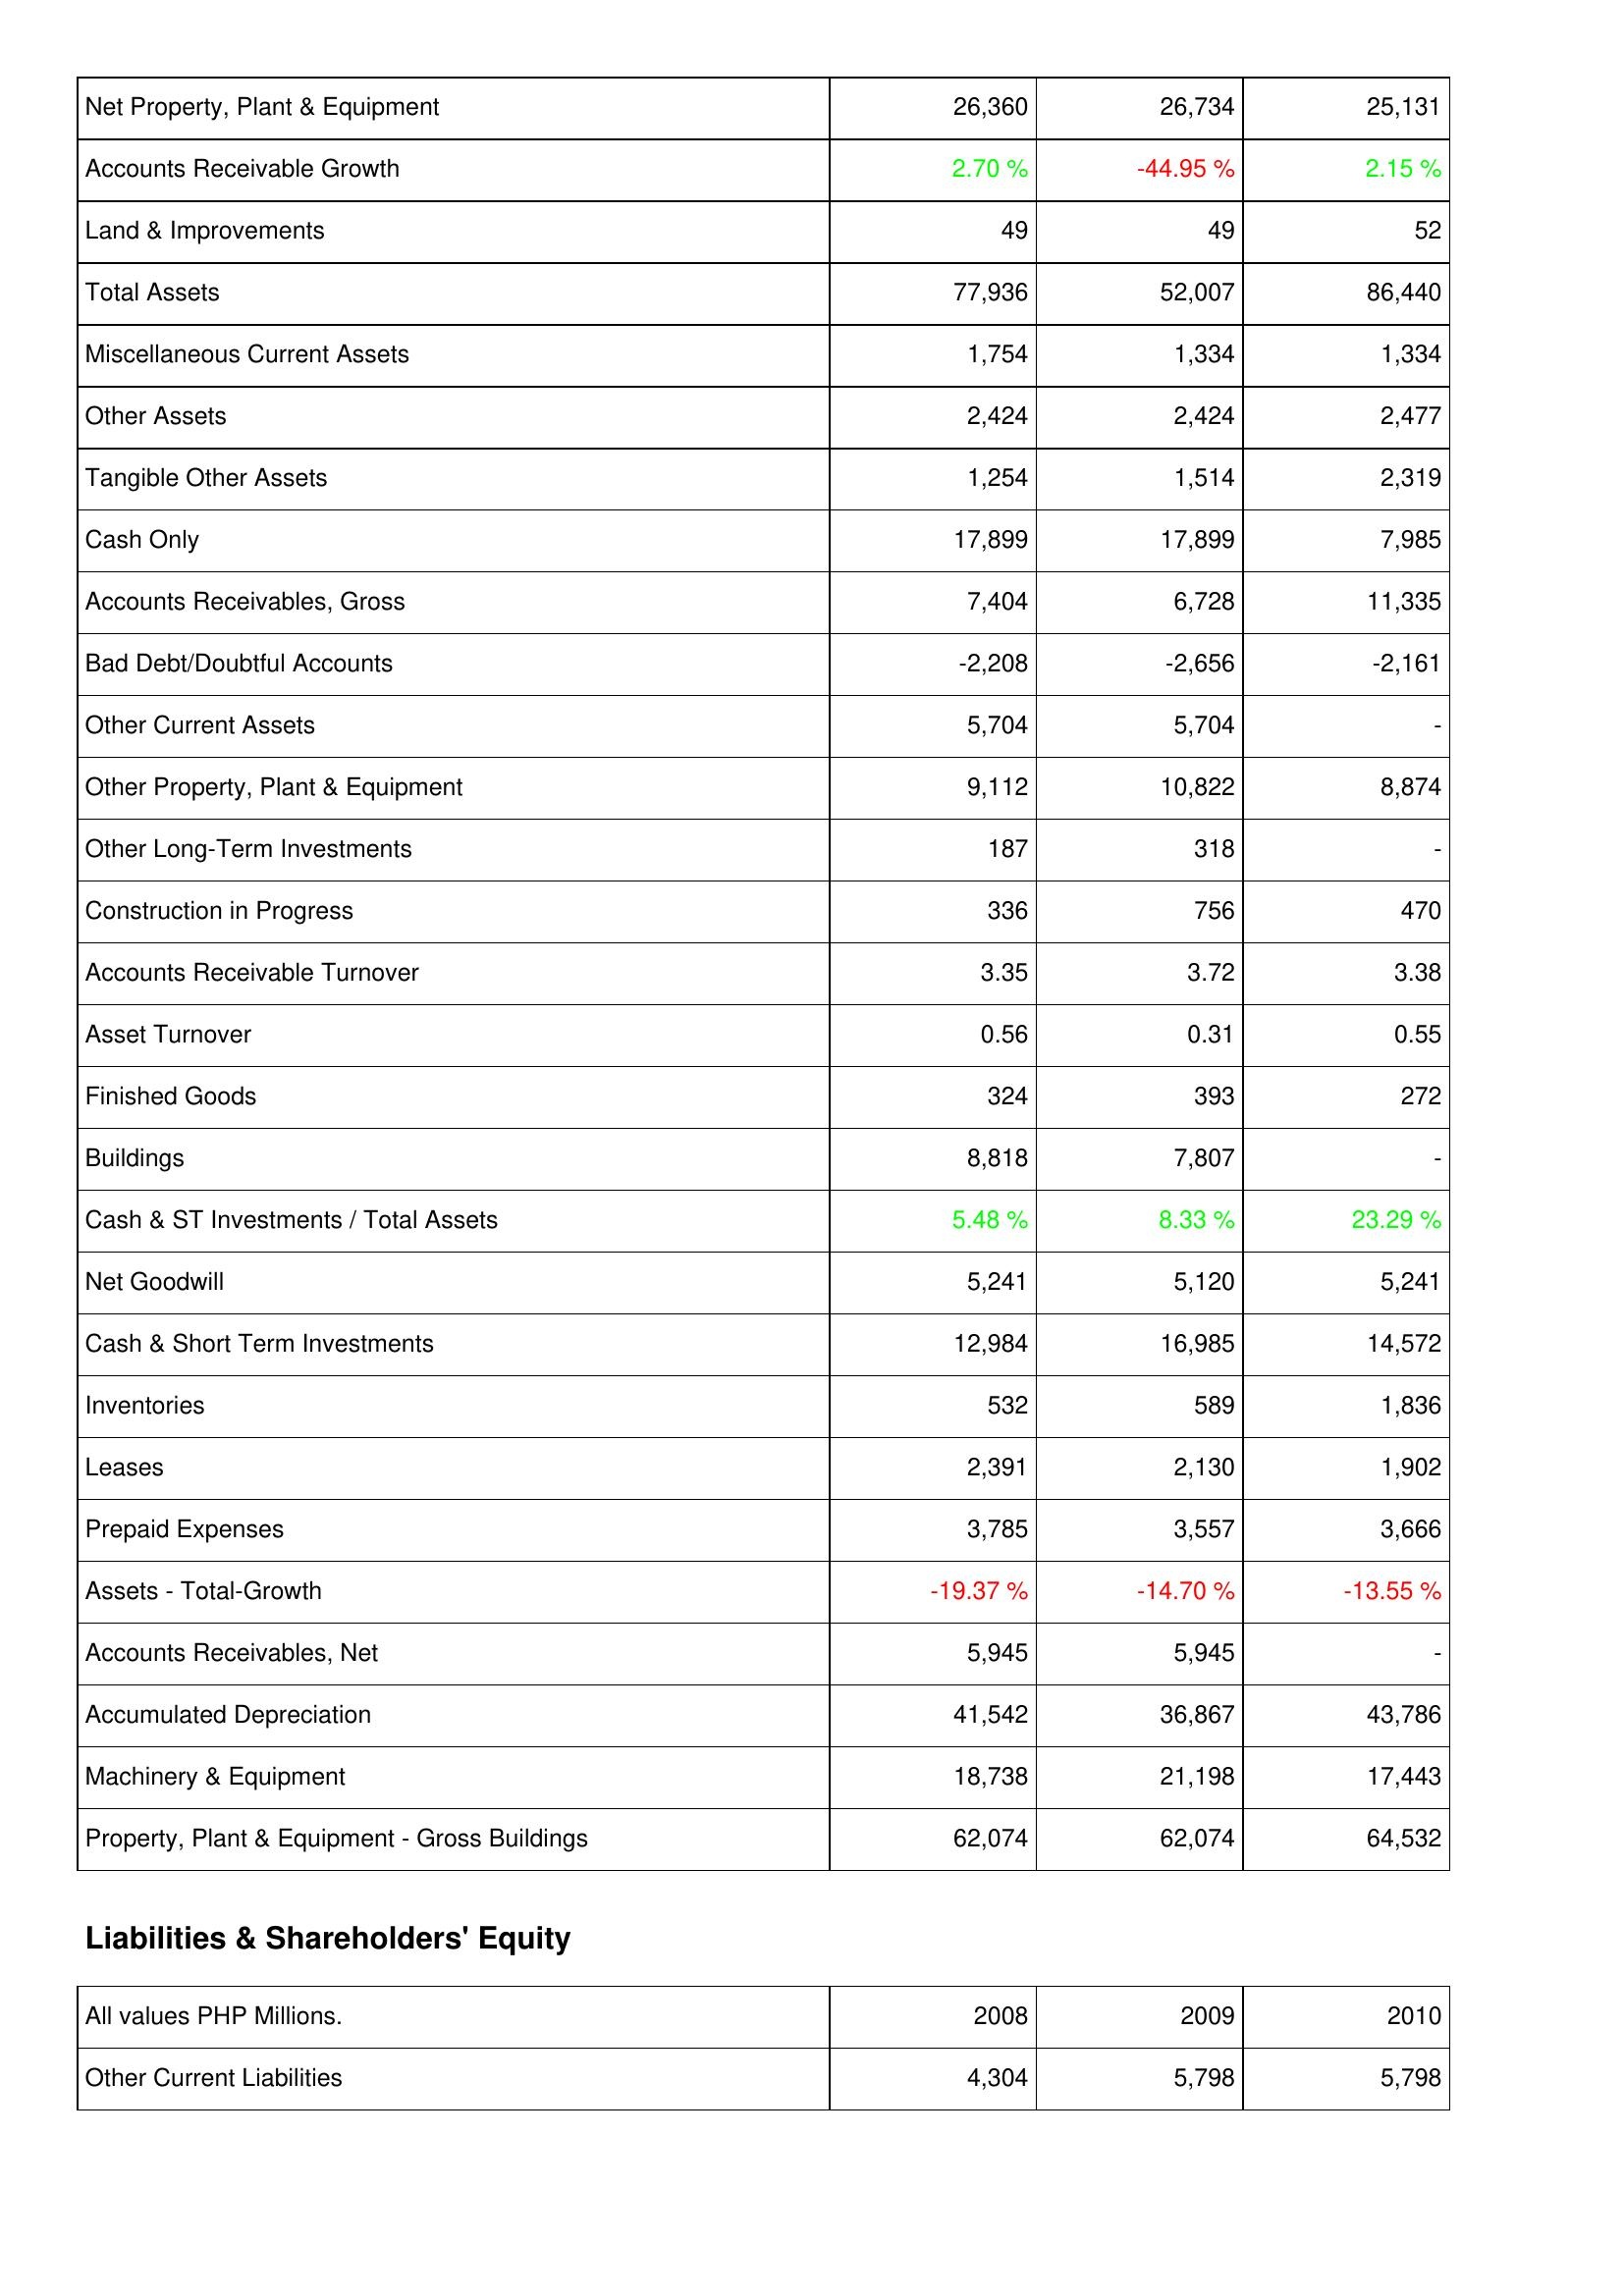
2008: Assets: Net Property, Plant & Equipment: 26,360
Accounts Receivable Growth: 2.70 %
Land & Improvements: 49
Total Assets: 77,936
Miscellaneous Current Assets: 1,754
Other Assets: 2,424
Tangible Other Assets: 1,254
Cash Only: 17,899
Accounts Receivables, Gross: 7,404
Bad Debt/Doubtful Accounts: -2,208
Other Current Assets: 5,704
Other Property, Plant & Equipment: 9,112
Other Long-Term Investments: 187
Construction in Progress: 336
Accounts Receivable Turnover: 3.35
Asset Turnover: 0.56
Finished Goods: 324
Buildings: 8,818
Cash & ST Investments / Total Assets: 5.48 %
Net Goodwill: 5,241
Cash & Short Term Investments: 12,984
Inventories: 532
Leases: 2,391
Prepaid Expenses: 3,785
Assets - Total-Growth: -19.37 %
Accounts Receivables, Net: 5,945
Accumulated Depreciation: 41,542
Machinery & Equipment: 18,738
Property, Plant & Equipment - Gross Buildings: 62,074
Liabilities & Shareholders' Equity: Other Current Liabilities: 4,304
2009: Assets: Net Property, Plant & Equipment: 26,734
Accounts Receivable Growth: -44.95 %
Land & Improvements: 49
Total Assets: 52,007
Miscellaneous Current Assets: 1,334
Other Assets: 2,424
Tangible Other Assets: 1,514
Cash Only: 17,899
Accounts Receivables, Gross: 6,728
Bad Debt/Doubtful Accounts: -2,656
Other Current Assets: 5,704
Other Property, Plant & Equipment: 10,822
Other Long-Term Investments: 318
Construction in Progress: 756
Accounts Receivable Turnover: 3.72
Asset Turnover: 0.31
Finished Goods: 393
Buildings: 7,807
Cash & ST Investments / Total Assets: 8.33 %
Net Goodwill: 5,120
Cash & Short Term Investments: 16,985
Inventories: 589
Leases: 2,130
Prepaid Expenses: 3,557
Assets - Total-Growth: -14.70 %
Accounts Receivables, Net: 5,945
Accumulated Depreciation: 36,867
Machinery & Equipment: 21,198
Property, Plant & Equipment - Gross Buildings: 62,074
Liabilities & Shareholders' Equity: Other Current Liabilities: 5,798
2010: Assets: Net Property, Plant & Equipment: 25,131
Accounts Receivable Growth: 2.15 %
Land & Improvements: 52
Total Assets: 86,440
Miscellaneous Current Assets: 1,334
Other Assets: 2,477
Tangible Other Assets: 2,319
Cash Only: 7,985
Accounts Receivables, Gross: 11,335
Bad Debt/Doubtful Accounts: -2,161
Other Current Assets: -
Other Property, Plant & Equipment: 8,874
Other Long-Term Investments: -
Construction in Progress: 470
Accounts Receivable Turnover: 3.38
Asset Turnover: 0.55
Finished Goods: 272
Buildings: -
Cash & ST Investments / Total Assets: 23.29 %
Net Goodwill: 5,241
Cash & Short Term Investments: 14,572
Inventories: 1,836
Leases: 1,902
Prepaid Expenses: 3,666
Assets - Total-Growth: -13.55 %
Accounts Receivables, Net: -
Accumulated Depreciation: 43,786
Machinery & Equipment: 17,443
Property, Plant & Equipment - Gross Buildings: 64,532
Liabilities & Shareholders' Equity: Other Current Liabilities: 5,798